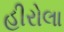
હીરોલા